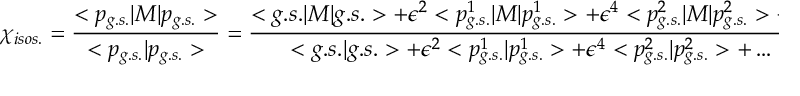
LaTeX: \chi _ { i s o s . } = \frac { < p _ { g . s . } | M | p _ { g . s . } > } { < p _ { g . s . } | p _ { g . s . } > } = \frac { < g . s . | M | g . s . > + \epsilon ^ { 2 } < p _ { g . s . } ^ { 1 } | M | p _ { g . s . } ^ { 1 } > + \epsilon ^ { 4 } < p _ { g . s . } ^ { 2 } | M | p _ { g . s . } ^ { 2 } > + \ldots } { < g . s . | g . s . > + \epsilon ^ { 2 } < p _ { g . s . } ^ { 1 } | p _ { g . s . } ^ { 1 } > + \epsilon ^ { 4 } < p _ { g . s . } ^ { 2 } | p _ { g . s . } ^ { 2 } > + \ldots } \quad .